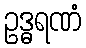
ဥဒ္ဓရဏံ